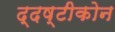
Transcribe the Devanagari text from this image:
द्दष्टीकोन